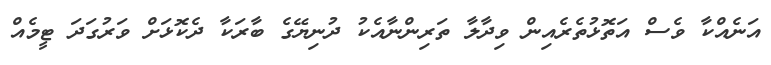
އަނެއްކާ ވެސް އަތޮޅުތެރެއިން ވިދާލާ ތަރިންނާއެކު ދުނިޔޭގެ ބާރަކާ ދެކޮޅަށް ވަރުގަދަ ޓީމެއް